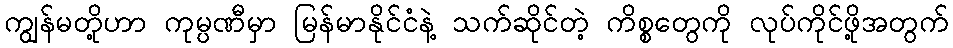
ကျွန်မတို့ဟာ ကုမ္ပဏီမှာ မြန်မာနိုင်ငံနဲ့ သက်ဆိုင်တဲ့ ကိစ္စတွေကို လုပ်ကိုင်ဖို့အတွက်